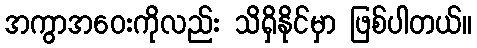
အကွာအဝေးကိုလည်း သိရှိနိုင်မှာ ဖြစ်ပါတယ်။